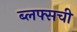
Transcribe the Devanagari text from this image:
ब्लफ्सची